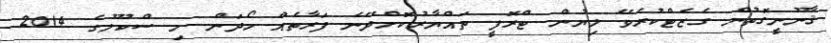
ޤާނޫނީގޮތުން ގެޒެޓްކުރެވޭ ލިޔުން ޓްރޮފީ ތައްޔާރުކޮށްދޭނެ ފަރާތެއް ހޯދަން މި ސްކޫލުގެ 2014